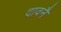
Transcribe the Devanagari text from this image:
दावनै